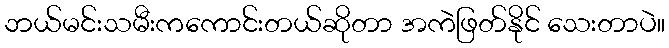
ဘယ်မင်းသမီးကကောင်းတယ်ဆိုတာ အကဲဖြတ်နိုင် သေးတာပဲ။